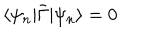
\langle \psi _ { n } | \bar { \Gamma } | \psi _ { n } \rangle = 0